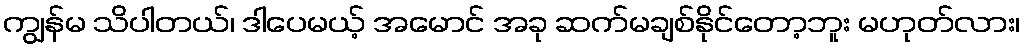
ကျွန်မ သိပါတယ်၊ ဒါပေမယ့် အမောင် အခု ဆက်မချစ်နိုင်တော့ဘူး မဟုတ်လား၊